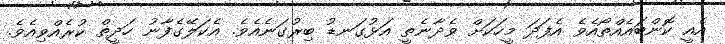
އެއީ ކޮންބައެއްތޯއެވެ އެފަދަ މީހަކަށް ވެދާނެތީ އަޅުގަނޑު ބިރުގަނެއެވެ. އެކަލޭގެފާނު ހަދީޡް ކުރެއްވިއެވެ.